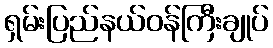
ရှမ်းပြည်နယ်ဝန်ကြီးချုပ်